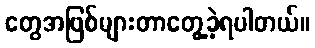
တွေအဖြစ်များတာတွေ့ခဲ့ရပါတယ်။